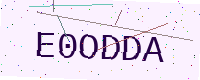
Text: E0ODDA